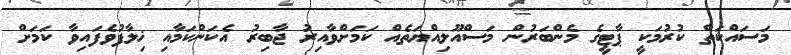
މަސައްކަތް ކުރުމަކީ ޕާޓީގެ މެންބަރުން މަސްއޫލިއްޔަތެއް ކަމަށްވާއިރު ޖާބިރު އެކަންކަމާއި ޚިލާފުވެފައިވާ ކަމަށް